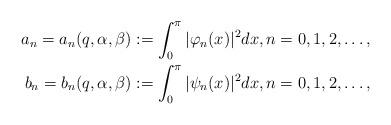
LaTeX: \begin{align*}a_n=a_n(q,\alpha,\beta):=\int_0^{\pi} |\varphi_n(x)|^2 dx, n=0, 1, 2, \ldots, \\b_n=b_n(q,\alpha,\beta):=\int_0^{\pi} |\psi_n(x)|^2 dx, n=0, 1, 2, \ldots , \end{align*}